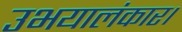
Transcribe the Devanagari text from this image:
उभयालंकार।